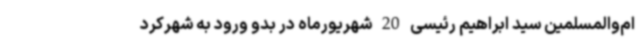
ام‌والمسلمین سید ابراهیم رئیسی 20 شهریورماه در بدو ورود به شهرکرد